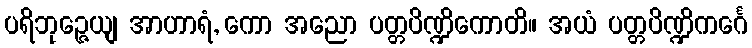
ပရိဘုဉ္ဇေယျ အာဟာရံ, ကော အညော ပတ္တပိဏ္ဍိကောတိ။ အယံ ပတ္တပိဏ္ဍိကင်္ဂေ